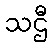
သဌီ